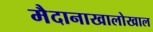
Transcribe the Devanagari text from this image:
मैदानाखालोखाल